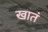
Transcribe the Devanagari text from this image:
खातं